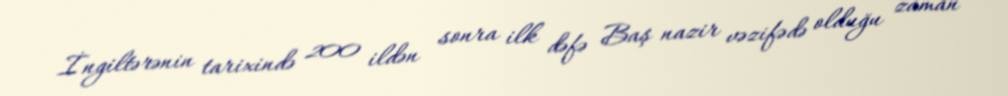
İngiltərənin tarixində 200 ildən sonra ilk dəfə Baş nazir vəzifədə olduğu zaman